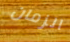
الزمان